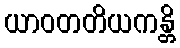
ယာဝတတိယကန္တိ